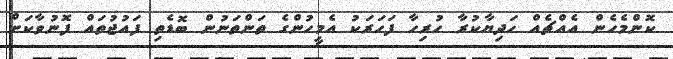
ކޮންމެހެން އެއްޗެއް ހަދިޔާކުރާ ހުރިހާ ފަހަރަކު އެމީހުންގެ ތަންތަނުން ބޮޑެތި ފައުޖުތައް ފޮނުވާކަށް